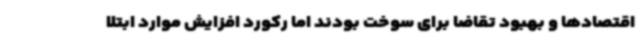
اقتصادها و بهبود تقاضا برای سوخت بودند اما رکورد افزایش موارد ابتلا